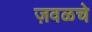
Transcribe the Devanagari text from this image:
ज़वळचे